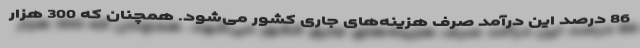
86 درصد این درآمد صرف هزینه‌های جاری کشور می‌شود. همچنان که 300 هزار